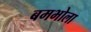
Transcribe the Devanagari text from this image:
बमभोला